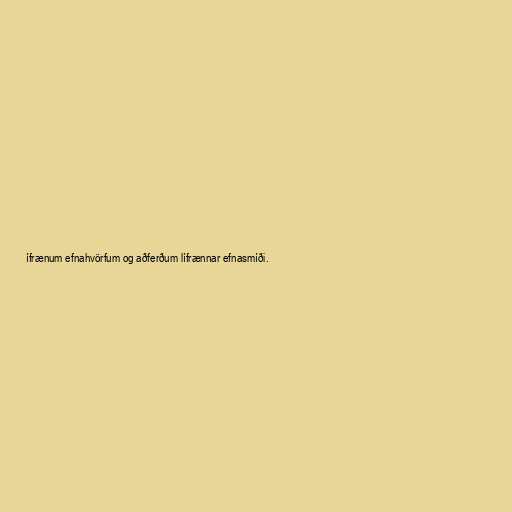
ífrænum efnahvörfum og aðferðum lífrænnar efnasmíði.